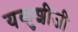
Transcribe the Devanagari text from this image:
यकुशीजी